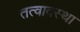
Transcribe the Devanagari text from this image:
तत्वावस्था